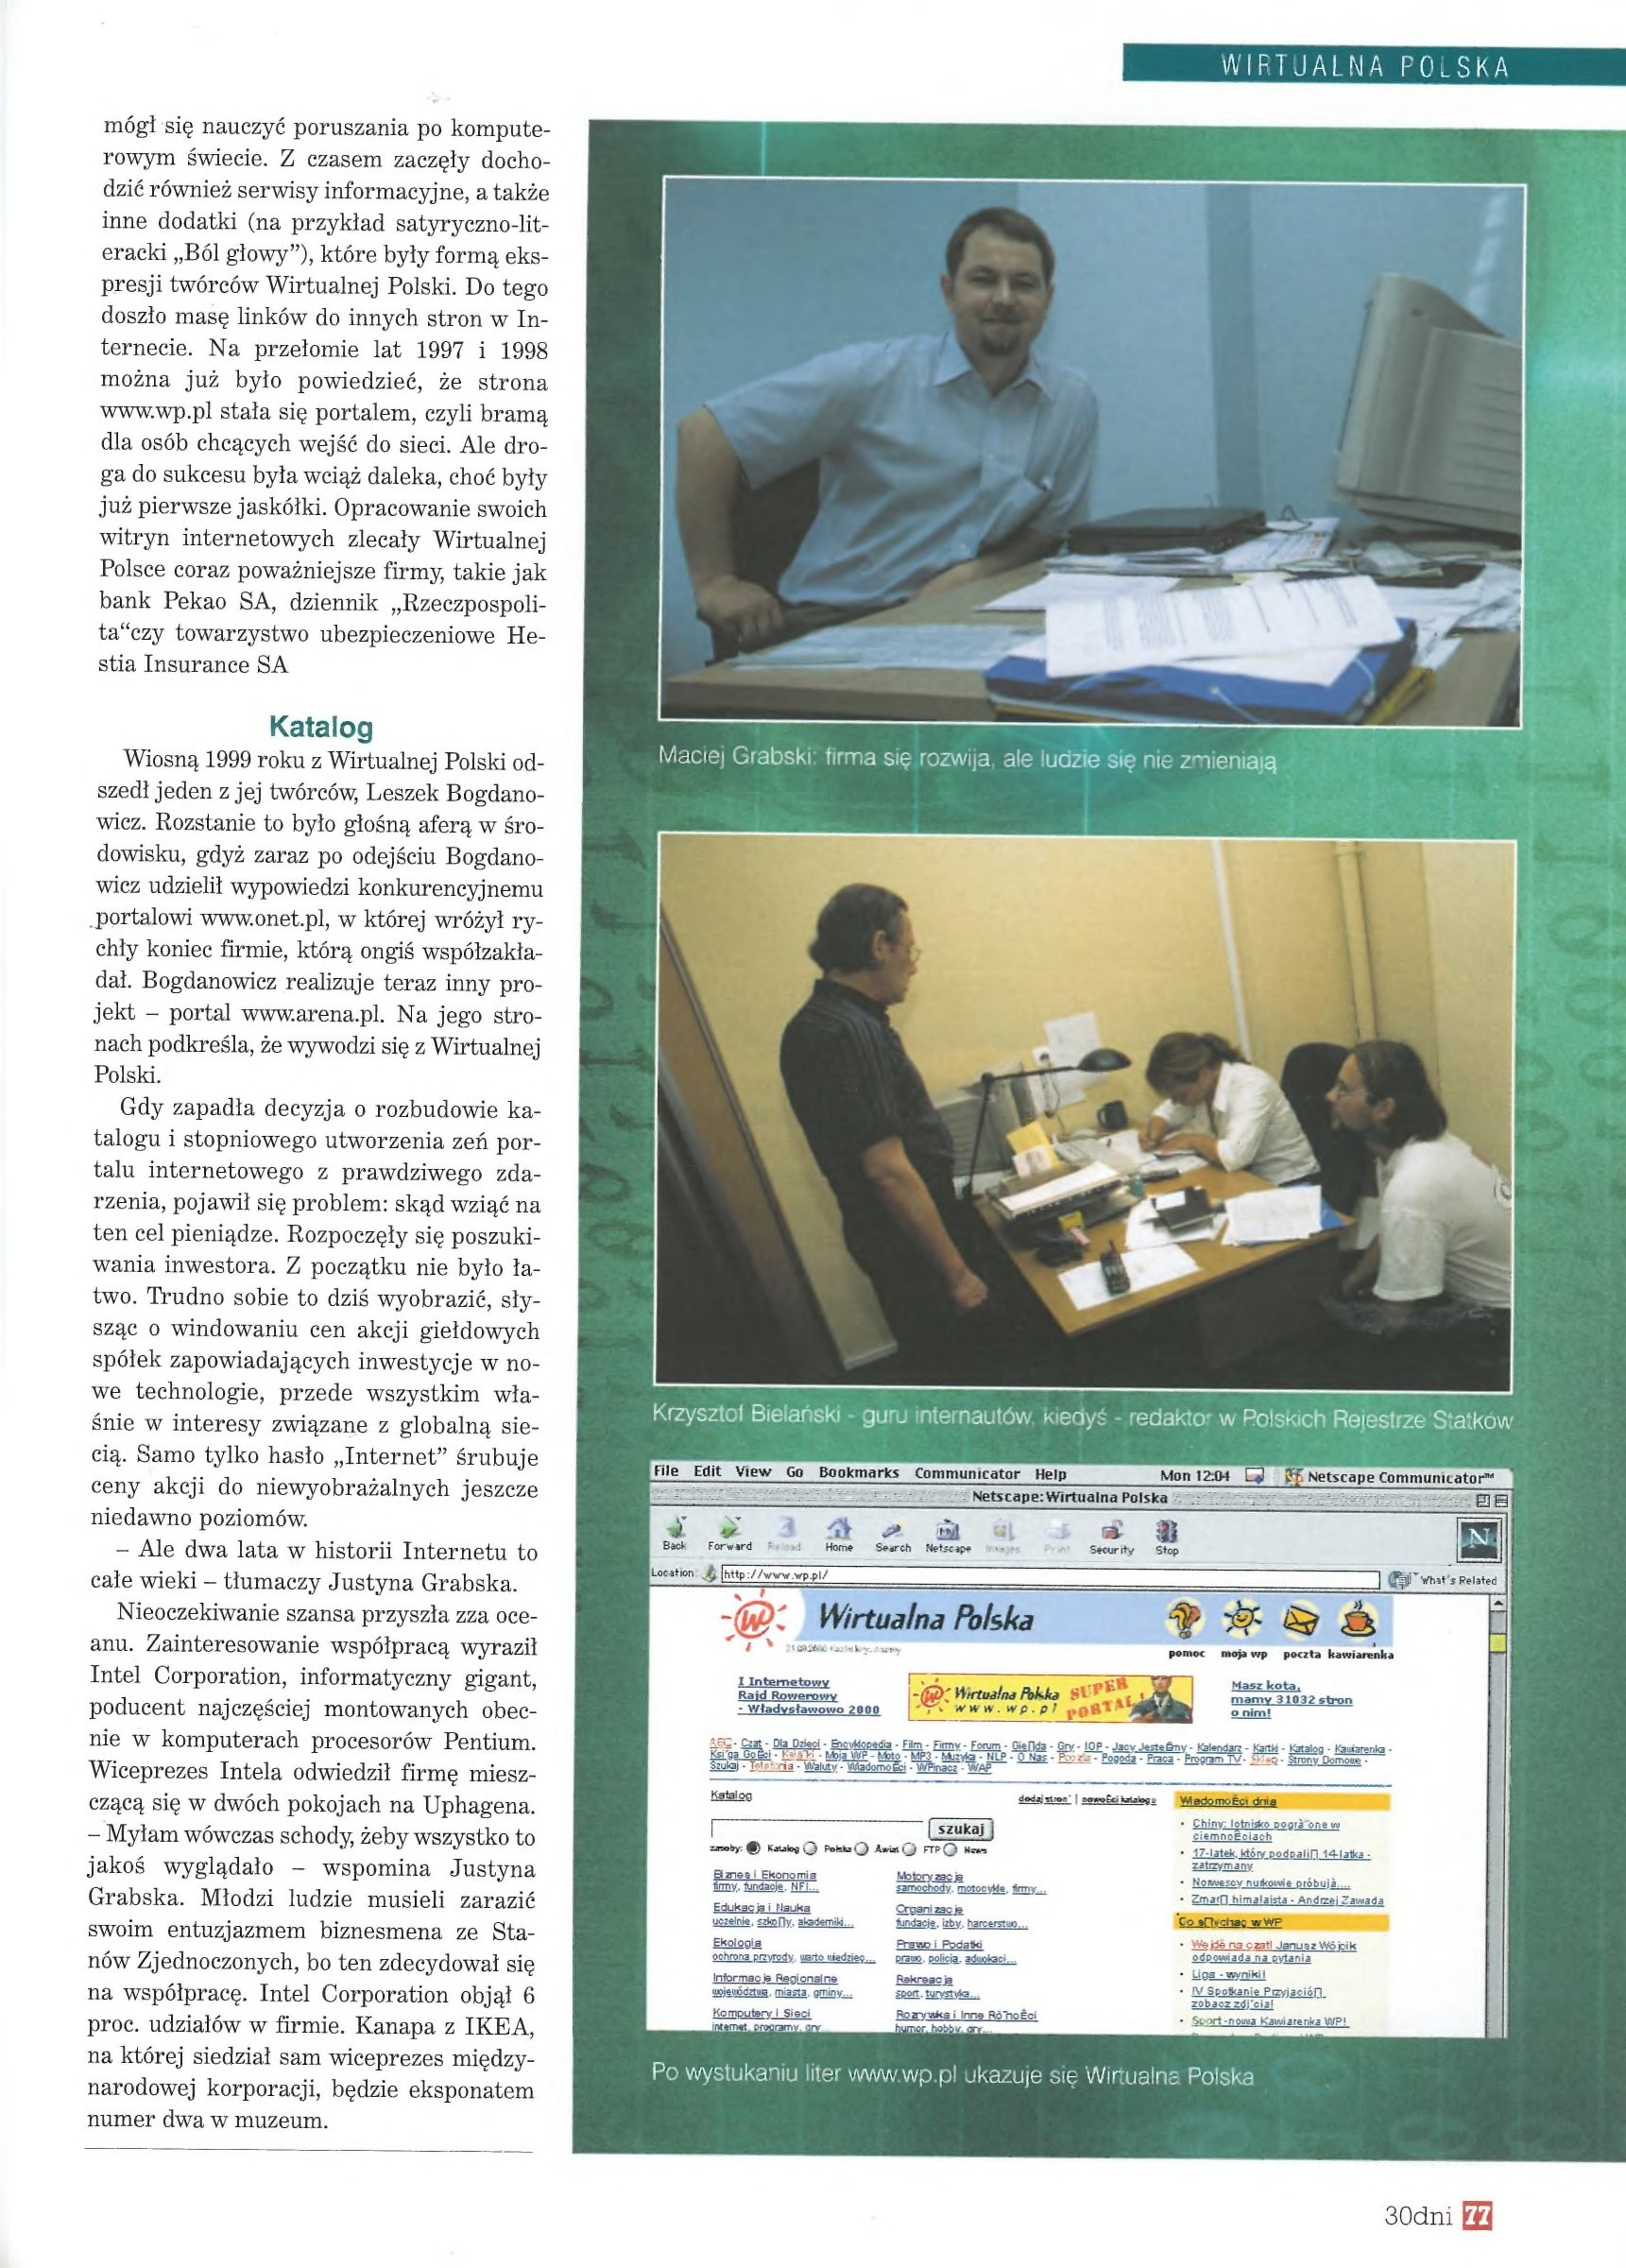
Language: pl